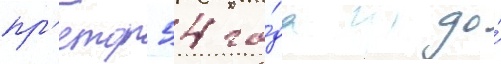
пр'етор 54 го́да до́